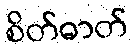
စိတ်ဓာတ်